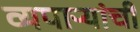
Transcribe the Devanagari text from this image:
व्यपाऱ्यांची